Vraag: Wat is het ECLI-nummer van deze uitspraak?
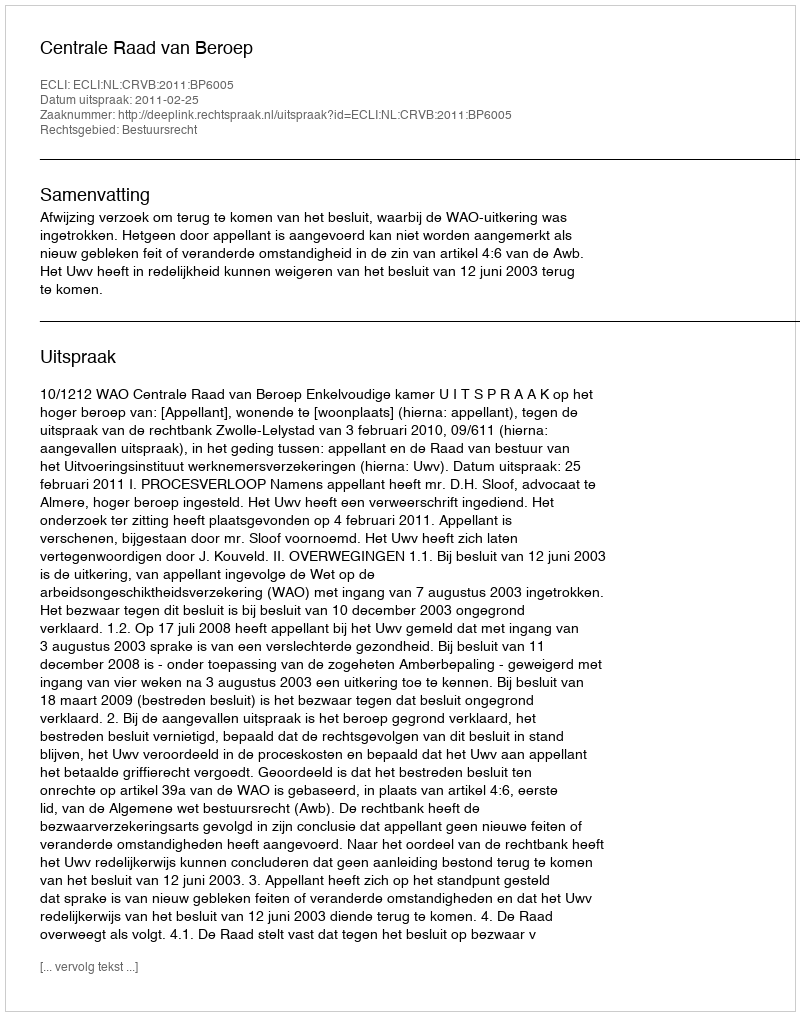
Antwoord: ECLI:NL:CRVB:2011:BP6005